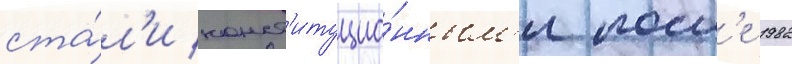
ста́л'и конст'итуцио́нным'и посл'е 1982